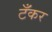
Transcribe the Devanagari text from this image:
टॅँकर